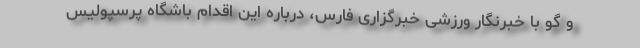
و گو با خبرنگار ورزشی خبرگزاری فارس، درباره این اقدام باشگاه پرسپولیس